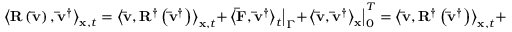
{ \left\langle { { \bf { R } } \left( { { \bf { \bar { v } } } } \right) , { { { \bf { \bar { v } } } } ^ { \dag } } } \right\rangle _ { { \bf { x } } , t } } = { \left\langle { { \bf { \bar { v } } } , { { \bf { R } } ^ { \dag } } \left( { { { { \bf { \bar { v } } } } ^ { \dag } } } \right) } \right\rangle _ { { \bf { x } } , t } } + { \left. { { { \left\langle { { \bf { \bar { F } } } , { { { \bf { \bar { v } } } } ^ { \dag } } } \right\rangle } _ { t } } } \right| _ { \Gamma } } + \left. { { { \left\langle { { \bf { \bar { v } } } , { { { \bf { \bar { v } } } } ^ { \dag } } } \right\rangle } _ { \bf { x } } } } \right| _ { 0 } ^ { T } = { \left\langle { { \bf { \bar { v } } } , { { \bf { R } } ^ { \dag } } \left( { { { { \bf { \bar { v } } } } ^ { \dag } } } \right) } \right\rangle _ { { \bf { x } } , t } } + B T ,